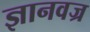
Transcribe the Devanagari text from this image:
ज्ञानवज्र